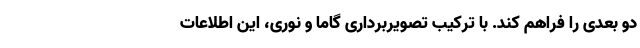
دو بعدی را فراهم کند. با ترکیب تصویربرداری گاما و نوری، این اطلاعات